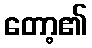
တော့၏